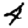
Digit: 4